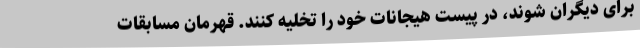
برای دیگران شوند، در پیست هیجانات خود را تخلیه کنند. قهرمان مسابقات